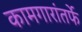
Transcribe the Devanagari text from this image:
कामगारांतर्फे